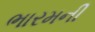
ભારમની